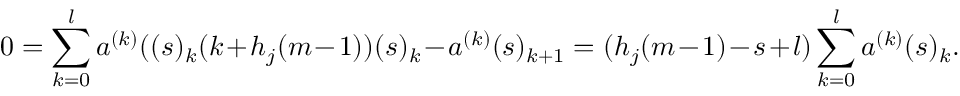
0 = \sum _ { k = 0 } ^ { l } a ^ { ( k ) } ( ( s ) _ { k } ( k + h _ { j } ( m - 1 ) ) ( s ) _ { k } - a ^ { ( k ) } ( s ) _ { k + 1 } = ( h _ { j } ( m - 1 ) - s + l ) \sum _ { k = 0 } ^ { l } a ^ { ( k ) } ( s ) _ { k } .